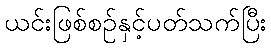
ယင်းဖြစ်စဉ်နှင့်ပတ်သက်ပြီး